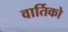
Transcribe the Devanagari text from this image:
वार्तिको